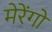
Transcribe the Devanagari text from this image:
मेरेंगो